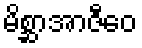
မိစ္ဆာအာဇီဝေ